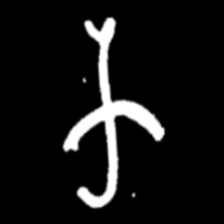
Pyu character \u2014 Myanmar letter: က (romanized: ka)